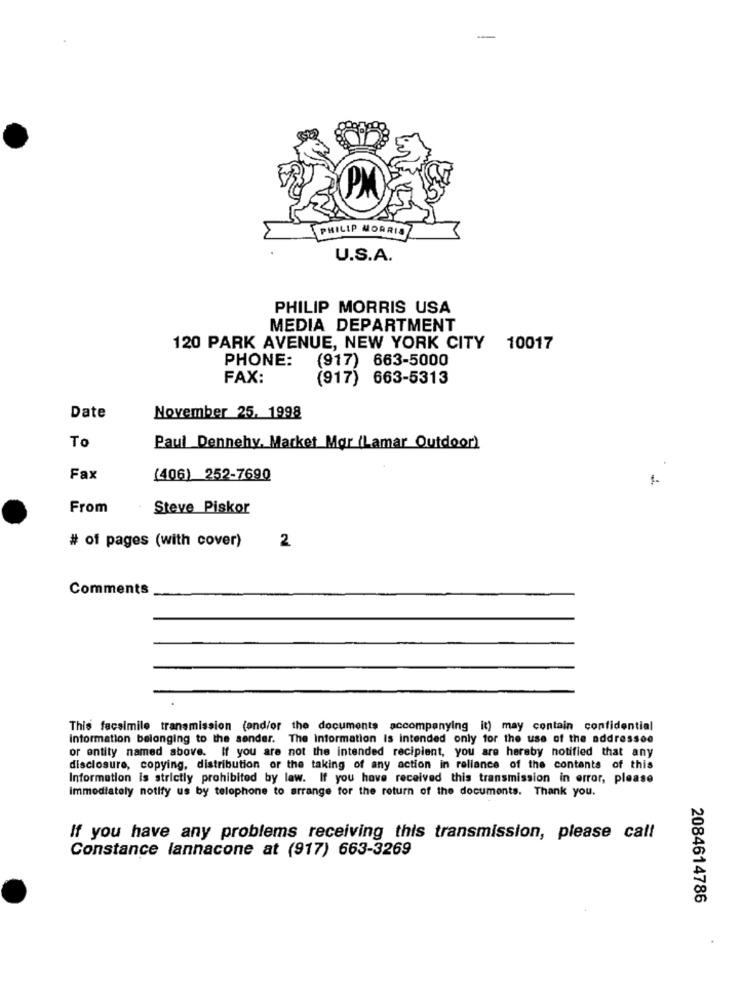
PM
PHILIP MORRIS
U.S.A.
PHILIP MORRIS USA
MEDIA DEPARTMENT
120 PARK AVENUE, NEW YORK CITY
10017
PHONE:
(917) 663-5000
FAX:
(917) 663-5313
Date
November 25. 1998
To
Paul Dennehy. Market Mor (Lamar Outdoor)
Fax
(406) 252-7690
From
Steve Piskor
# of pages (with cover)
2
Comments
This facsimile transmission (and/or the documents accompanying it) may contain confidential
Information belonging to the sender. The Information Is intended only for the use of the addressee
or entity named above. If you are not the intended recipient, you are hereby notified that any
disclosure, copying, distribution or the taking of any action in reliance of the contents of this
Information is strictly prohibited by law. If you have received this transmission in error, please
Immediately notify us by telephone to arrange for the return of the documents. Thank you.
If you have any problems receiving this transmission, please call
Constance lannacone at (917) 663-3269
2084614786